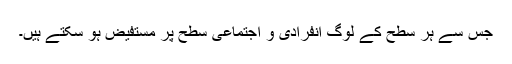
جس سے ہر سطح کے لوگ انفرادی و اجتماعی سطح پر مستفیض ہو سکتے ہیں۔